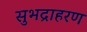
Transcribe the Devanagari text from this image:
सुभद्राहरण